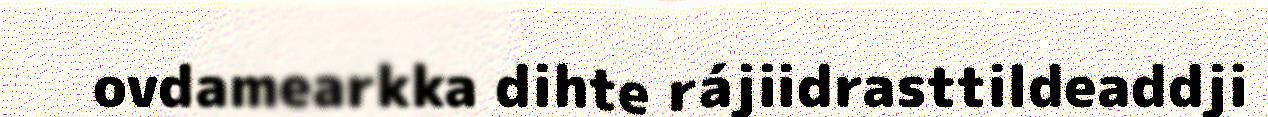
ovdamearkka dihte rájiidrasttildeaddji